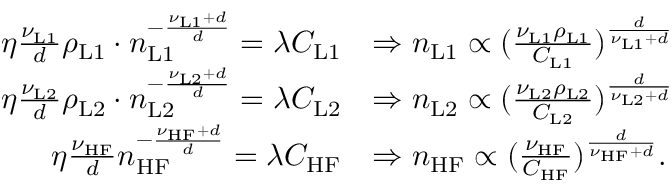
\begin{array} { r l } { \eta \frac { \nu _ { \mathrm { L 1 } } } { d } \rho _ { \mathrm { L 1 } } \cdot n _ { \mathrm { L 1 } } ^ { - \frac { \nu _ { \mathrm { L 1 } } + d } { d } } = \lambda C _ { \mathrm { L 1 } } } & { \Rightarrow n _ { \mathrm { L 1 } } \propto ( \frac { \nu _ { \mathrm { L 1 } } \rho _ { \mathrm { L 1 } } } { C _ { \mathrm { L 1 } } } ) ^ { \frac { d } { \nu _ { \mathrm { L 1 } } + d } } } \\ { \eta \frac { \nu _ { \mathrm { L 2 } } } { d } \rho _ { \mathrm { L 2 } } \cdot n _ { \mathrm { L 2 } } ^ { - \frac { \nu _ { \mathrm { L 2 } } + d } { d } } = \lambda C _ { \mathrm { L 2 } } } & { \Rightarrow n _ { \mathrm { L 2 } } \propto ( \frac { \nu _ { \mathrm { L 2 } } \rho _ { \mathrm { L 2 } } } { C _ { \mathrm { L 2 } } } ) ^ { \frac { d } { \nu _ { \mathrm { L 2 } } + d } } } \\ { \eta \frac { \nu _ { \mathrm { H F } } } { d } n _ { \mathrm { H F } } ^ { - \frac { \nu _ { \mathrm { H F } } + d } { d } } = \lambda C _ { \mathrm { H F } } } & { \Rightarrow n _ { \mathrm { H F } } \propto ( \frac { \nu _ { \mathrm { H F } } } { C _ { \mathrm { H F } } } ) ^ { \frac { d } { \nu _ { \mathrm { H F } } + d } } . } \end{array}